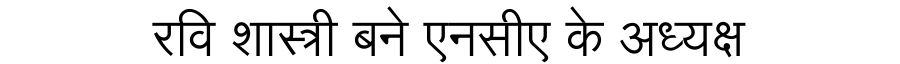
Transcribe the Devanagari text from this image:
रवि शास्त्री बने एनसीए के अध्यक्ष